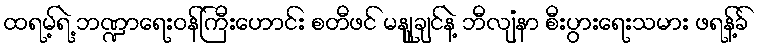
ထရမ့်ရဲ့ ဘဏ္ဍာရေးဝန်ကြီးဟောင်း စတီဖင် မနျူချင်နဲ့ ဘီလျံနာ စီးပွားရေးသမား ဖရန့်ခ်